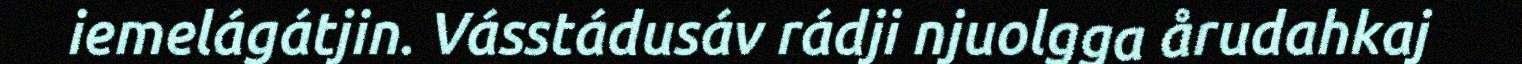
iemelágátjin. Vásstádusáv rádji njuolgga årudahkaj